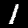
Digit: 1